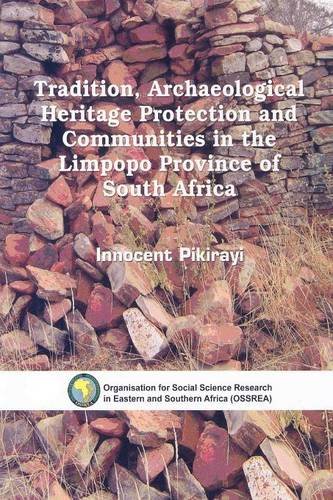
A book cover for Tradition, Archaeological Heritage Protection and Communities in the Limpopo Province of South Africa; Innocent Pikirayi; History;